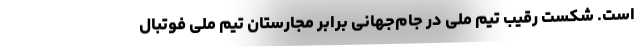
است. شکست رقیب تیم ملی در جام‌جهانی برابر مجارستان تیم ملی فوتبال